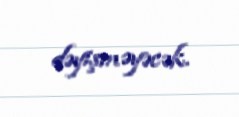
dəyişməyəcək.